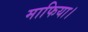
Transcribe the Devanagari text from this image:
माफिया।